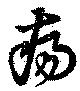
瘍